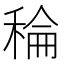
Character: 稐